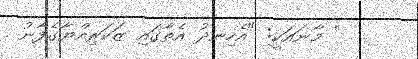
'' މާނައަކީ: "އެހިނދު އެތާގައި ޒަކަރިއްޔާގެފާނު